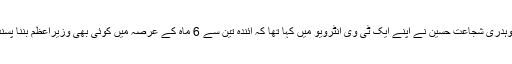
چند روز قبل چوہدری شجاعت حسین نے اپنے ایک ٹی وی انٹرویو میں کہا تھا کہ آئندہ تین سے 6 ماہ کے عرصہ میں کوئی بھی وزیراعظم بننا پسند نہیں کرے گا۔